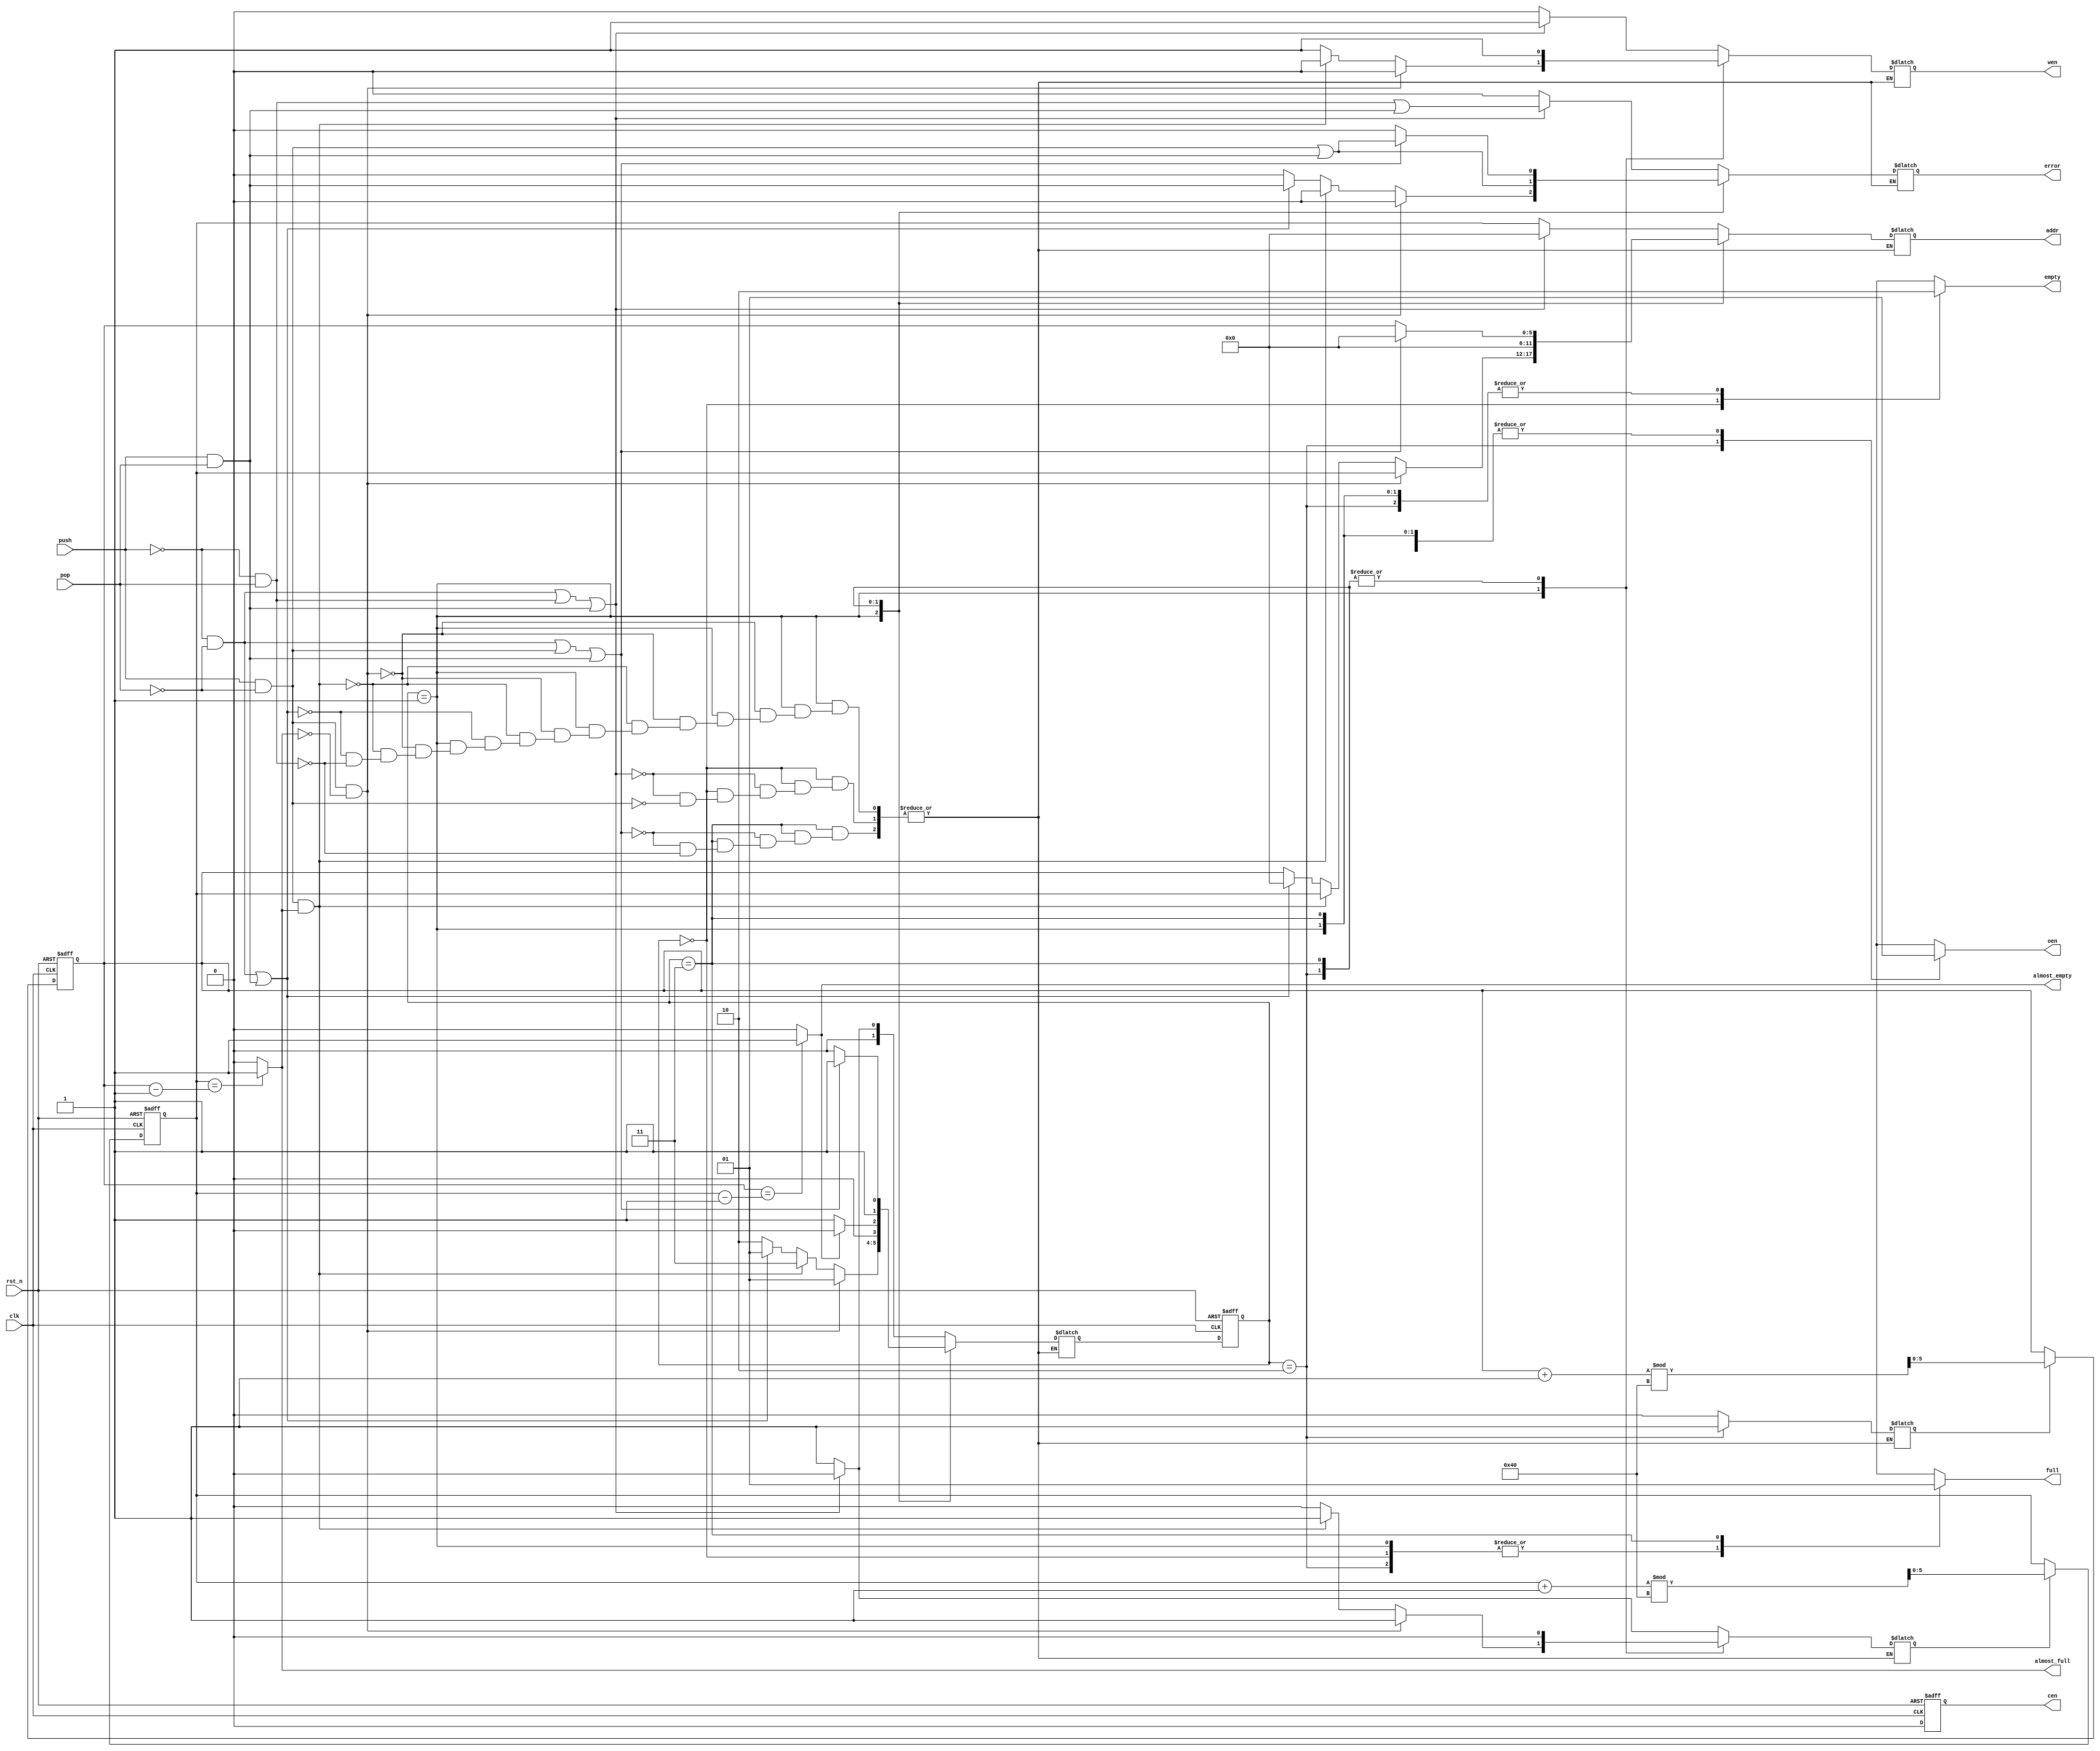
//////////////////////////////////////////////////////////////////////////
// Department of Computer Science
// National Tsing Hua University
// Project   : FIFO for CS4125 Digital System Design
// Module    : fifo_ctl.v
// Revision  : 6
// Abstract  :
//     FIFO controller is mainly the finite state machine and its
//     control signals to manage the RAM module.
// Note      :
//     1.  The purpose of this version is to provide a design style. It is
//         not a complete module. Please fix any *unexpected feature* by
//         yourself if any.
//     2.  Feel free to rewrite this file header to your own.
//

module fifo_ctr (

	// inputs
	input wire clk,
	input wire rst_n,
	input wire push,
	input wire pop,

	// outputs
	output reg empty,
	output reg almost_empty,
	output reg full,
	output reg almost_full,
	output reg error,
	output reg cen,
	output reg wen,
	output reg oen,
	output reg [5:0] addr
);

	// small delay of flip-flop outputs
	parameter delay = 1.0;

	// state encoding
	parameter EMPTY   = 2'b00;
	parameter BETWEEN = 2'b01;
	parameter READOUT = 2'b10;
	parameter FULL    = 2'b11;

	// state vector
	reg    [1:0] state;
	reg    [1:0] state_next;

	// pointers
	reg    [5:0] head;
	reg    [5:0] head_next;
	reg    [5:0] tail;
	reg    [5:0] tail_next;

	// control flags
	reg    head_plus;
	reg    tail_plus;
	reg    addr_head;
	reg    addr_tail;

	wire do_idle = (push == 1'b0) && (pop == 1'b0);
	wire do_push = (push == 1'b1) && (pop == 1'b0);
	wire do_pop = (push == 1'b0) && (pop == 1'b1);
	wire do_push_pop = (push == 1'b1) && (pop == 1'b1);
	
	
	
	always@(head_plus or head) begin
		if (head_plus == 1'b1) begin
			head_next = (head + 1'b1) % 7'd64;
		end 
		else begin
			head_next = head;
		end
	end
	
	always@(tail_plus or tail) begin
		if (tail_plus == 1'b1) begin
			tail_next = (tail + 1'b1) % 7'd64;
		end 
		else begin
			tail_next = tail;
		end
	end
	
	always@* begin
		if(tail == head - 1'b1) begin
			almost_empty = 1'b1;
		end
		else begin
			almost_empty = 1'b0;
		end
	end
	
	always@* begin
		if(head == tail -1'b1) begin
			almost_full = 1'b1;
		end
		else begin
			almost_full = 1'b0;
		end
	end
	
	// sequential part
	always @(posedge clk or negedge rst_n) begin
		if (rst_n == 0) begin
			state <= EMPTY;
			head  <= 1'b0;
			tail  <= 1'b0;
			cen <= 1'b0;
		end 
		else begin
			state <= #(delay) state_next;
			head <= #(delay) head_next;
			tail <= #(delay) tail_next;
			cen <= 1'b0;
		end
	end

	always@*
		case(state)
		EMPTY : 
		begin
			empty = 1'b1;
			full = 1'b0;
			oen = 1'b1;
			if( do_idle | do_pop | do_push_pop ) begin
				state_next = EMPTY;
				addr = 1'b0;
				head_plus = 1'b0;
				tail_plus = 1'b0;
				wen = 1'b1;
				error = (do_pop) | (do_push_pop);
			end
			else if( do_push ) begin
				state_next = BETWEEN;
				addr = head;
				head_plus = 1'b1;
				tail_plus = 1'b0;
				wen = 1'b0;
				error = 1'b0;
			end
		end
		BETWEEN :
		begin
			empty = 1'b0;
			full = 1'b0;
			oen = 1'b1;
			if(do_push & ~almost_full) begin
				state_next = BETWEEN;
				addr = head;
				head_plus = 1'b1;
				tail_plus = 1'b0;
				wen = 1'b0;
				error = 1'b0;
			end
			else if(do_push & almost_full) begin
				state_next = FULL;
				addr = head;
				head_plus = 1'b1;
				tail_plus = 1'b0;
				wen = 1'b0;
				error = 1'b0;
			end
			else if(do_idle | do_push_pop) begin
				state_next = BETWEEN;
				addr = 1'b0;
				head_plus = 1'b0;
				tail_plus = 1'b0;
				wen = 1'b1;
				error = (do_push_pop);
			end
			else if(do_pop) begin
				state_next = READOUT;
				addr = tail;
				head_plus = 1'b0;
				tail_plus = 1'b0;
				wen = 1'b1;
				error = 1'b0;
			end
		end
		READOUT :
		begin
			empty = 1'b0;
			full = 1'b0;
			oen = 1'b0;
			if(~almost_empty) begin
				state_next = BETWEEN;
				addr = 1'b0;
				head_plus = 1'b0;
				tail_plus = 1'b1;
				wen = 1'b1;
				error = (do_push) | (do_push_pop);
			end
			else if(almost_empty) begin
				state_next = EMPTY;
				addr = 1'b0;
				head_plus = 1'b0;
				tail_plus = 1'b1;
				wen = 1'b1;
				error = (do_push) | (do_push_pop);			
			end
		end
		FULL :
		begin
			empty = 1'b0;
			full = 1'b1;
			oen = 1'b1;
			if( do_idle | do_push | do_push_pop ) begin
				state_next = FULL;
				addr = 1'b0;
				head_plus = 1'b0;
				tail_plus = 1'b0;
				wen = 1'b1;
				error = (do_push) | (do_push_pop);
			end
			else if(do_pop) begin
				state_next = READOUT;
				addr = tail;
				head_plus = 1'b0;
				tail_plus = 1'b0;
				wen = 1'b1;
				error = 1'b0;
			end
		end
	endcase

	// combinational parts


endmodule